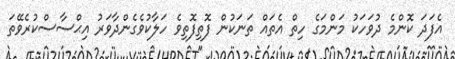
އެފަދަ ކޮންމެ ދުވަހަކު މަންމަގެ ހިތް އެތައް ތަނަކުން ފޮތިފޮތިވެ ހަލާކުވެގެންދާވަރު އިޙްސާސްކުރެވޭތަ